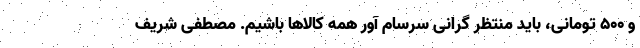
و ۵۰۰ تومانی، باید منتظر گرانی سرسام آور همه کالاها باشیم. مصطفی شریف